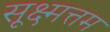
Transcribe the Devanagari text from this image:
सूक्ष्मत्तम